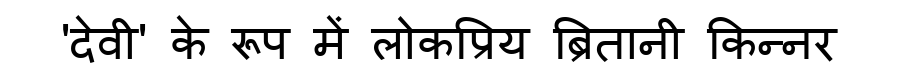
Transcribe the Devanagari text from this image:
'देवी' के रूप में लोकप्रिय ब्रितानी किन्नर